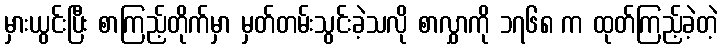
မှားယွင်းပြီး စာကြည့်တိုက်မှာ မှတ်တမ်းသွင်းခဲ့သလို စာလွှာကို ၁၇၆၈ က ထုတ်ကြည့်ခဲ့တဲ့